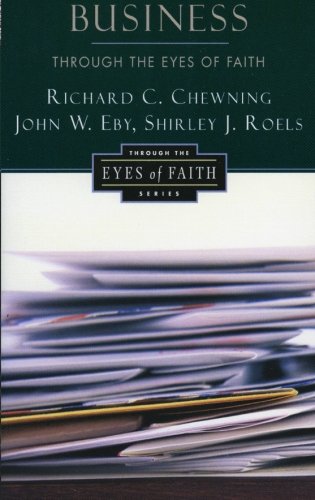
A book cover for Business Through the Eyes of Faith; Richard C. Chewning; Religion & Spirituality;